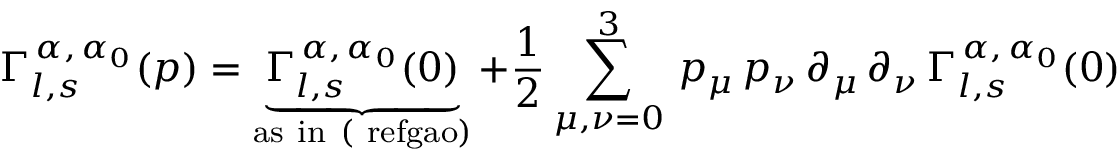
\Gamma _ { l , s } ^ { \, \alpha , \, \alpha _ { 0 } } ( p ) = \underbrace { \Gamma _ { l , s } ^ { \, \alpha , \, \alpha _ { 0 } } ( 0 ) } _ { \mathrm { { a s \ i n \ ( \ r e f { g a o } } ) } } + \frac { 1 } { 2 } \sum _ { \mu , \nu = 0 } ^ { 3 } \, p _ { \mu } \, p _ { \nu } \, \partial _ { \mu } \, \partial _ { \nu } \, \Gamma _ { l , s } ^ { \, \alpha , \, \alpha _ { 0 } } ( 0 )